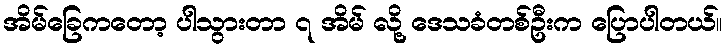
အိမ်ခြေကတော့ ပါသွားတာ ၇ အိမ် လို့ ဒေသခံတစ်ဦးက ပြောပါတယ်။